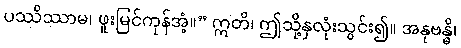
ပဿိဿာမ၊ ဖူးမြင်ကုန်အံ့။” ဣတိ၊ ဤသို့နှလုံးသွင်း၍။ အနုဗန္ဓိ၊